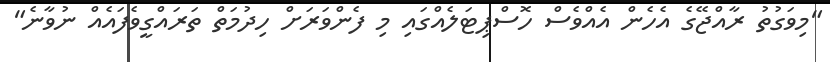
"މިވަގުތު ރާއްޖޭގެ އެހެން އެއްވެސް ހޮސްޕިޓަލެއްގައި މި ފެންވަރަށް ހިދުމަތް ތަރައްގީވެފައެއް ނުވާނެ"